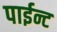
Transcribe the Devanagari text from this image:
पाईन्ट